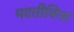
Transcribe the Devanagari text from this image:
मदतीविना